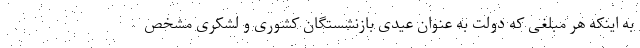
به اینکه هر مبلغی که دولت به عنوان عیدی بازنشستگان کشوری و لشکری مشخص